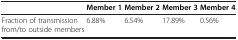
<table><thead><tr><td><b> </b></td><td><b>Member 1</b></td><td><b>Member 2</b></td><td><b>Member 3</b></td><td><b>Member 4</b></td></tr></thead><tbody><tr><td>Fraction of transmission from/to outside members</td><td>6.88%</td><td>6.54%</td><td>17.89%</td><td>0.56%</td></tr></tbody></table>